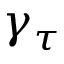
\gamma _ { \tau }